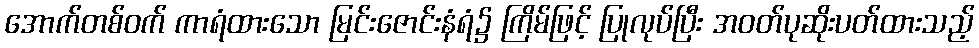
အောက်တစ်ဝက် ကာရံထားသော မြင်းဇောင်းနံရံ၌ ကြိမ်ဖြင့် ပြုလုပ်ပြီး အဝတ်ပုဆိုးပတ်ထားသည့်